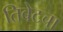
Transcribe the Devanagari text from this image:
तिबेटचा